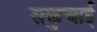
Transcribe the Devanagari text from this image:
सकुचाई